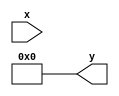
module PLAR (
    input wire [7:0] x,          // 8-bit input representing a positive real number
    output reg [15:0] y          // 16-bit output for the approximate reciprocal
);

    // Define the segments and their corresponding slopes (m) and intercepts (b)
    // For simplicity, we define 3 segments here
    parameter SEGMENT_1_THRESHOLD = 8'd64; // x in [0, 1)
    parameter SEGMENT_2_THRESHOLD = 8'd128; // x in [1, 2)
    parameter SEGMENT_3_THRESHOLD = 8'd192; // x in [2, 4)

    // Coefficients for the linear approximation
    // y = mx + b
    // Segment 1: y = 1.0 * x + 0.0 (for x in [0, 1))
    // Segment 2: y = -0.5 * x + 1.5 (for x in [1, 2))
    // Segment 3: y = -0.25 * x + 1.0 (for x in [2, 4))
    parameter M1 = 16'h10000; // 1.0 in fixed-point (16.16 format)
    parameter B1 = 16'h00000; // 0.0 in fixed-point
    parameter M2 = 16'hFFFF;   // -0.5 in fixed-point (16.16 format)
    parameter B2 = 16'h18000; // 1.5 in fixed-point
    parameter M3 = 16'hC000;   // -0.25 in fixed-point (16.16 format)
    parameter B3 = 16'h10000; // 1.0 in fixed-point

    always @(*) begin
        if (x < SEGMENT_1_THRESHOLD) begin
            // Segment 1: [0, 1)
            y = (M1 * x + B1) >> 16; // Apply linear equation and shift
        end else if (x < SEGMENT_2_THRESHOLD) begin
            // Segment 2: [1, 2)
            y = (M2 * x + B2) >> 16; // Apply linear equation and shift
        end else if (x < SEGMENT_3_THRESHOLD) begin
            // Segment 3: [2, 4)
            y = (M3 * x + B3) >> 16; // Apply linear equation and shift
        end else begin
            // Output saturation for x >= 4
            y = 16'h0000; // Output 0 for large x
        end
    end

endmodule